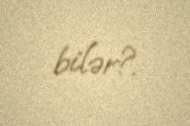
bilər?.